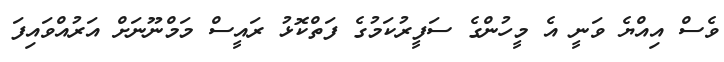
ވެސް އިއްޔެ ވަނީ އެ މީހުންގެ ސަފީރުކަމުގެ ފަތްކޮޅު ރައީސް މަމްނޫނަށް އަރުއްވައިފަ